Scottish Education Department, 1929
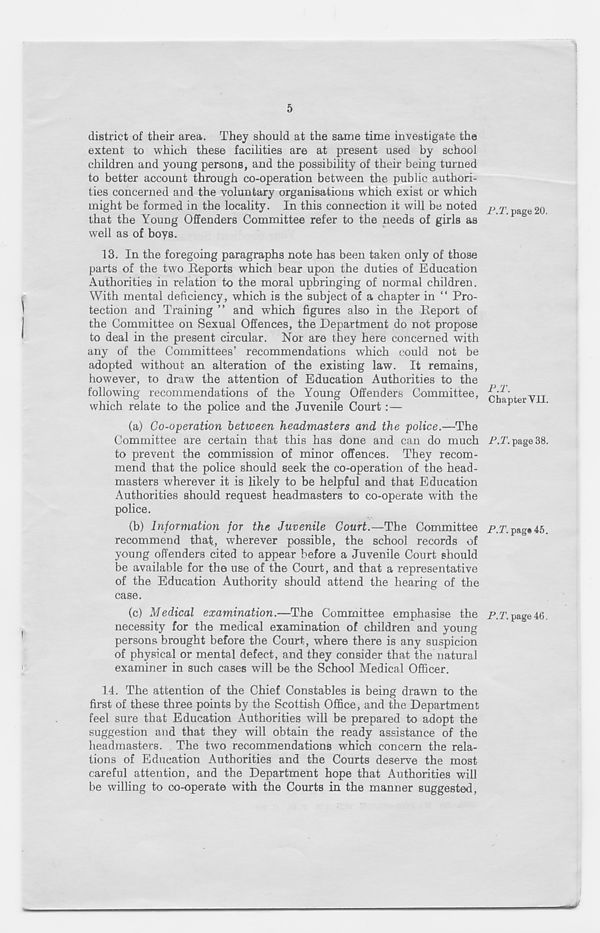
5
district of their area. They should at the same time investigate the
extent to which these facilities are at present used by school
children and young persons, and the possibility of their being turned
to better account through co-operation between the public authori-
ties concerned and the voluntary organisations which exist or which
might be formed in the locality. In this connection it will be noted
that the Young Offenders Committee refer to the needs of girls as
well as of boys.
13. In the foregoing paragraphs note has been taken only of those
parts of the two Reports which bear upon the duties of Education
Authorities in relation to the moral upbringing of normal children.
With mental deficiency, which is the subject of a chapter in “ Pro-
tection and Training ” and which figures also in the Report of
the Committee on Sexual Offences, the Department do not propose
to deal in the present circular. Nor are they here concerned with
any of the Committees’ recommendations which could not be
adopted without an alteration of the existing law. It remains,
however, to draw the attention of Education Authorities to the
following recommendations of the Young Offenders Committee,
which relate to the police and the Juvenile Court :—
(a) Co-operation between headmasters and the police.—The
Committee are certain that this has done and can do much
to prevent the commission of minor offences. They recom-
mend that the police should seek the co-operation of the head-
masters wherever it is likely to be helpful and that Education
Authorities should request headmasters to co-operate with the
police.
(b) Information for the Juvenile Court.—The Committee
recommend that, wherever possible, the school records of
young offenders cited to appear before a Juvenile Court should
be available for the use of the Court, and that a representative
of the Education Authority should attend the hearing of the
case.
(c) Medical examination.—The Committee emphasise the
necessity for the medical examination of children and young
persons brought before the Court, where there is any suspicion
of physical or mental defect, and they consider that the natural
examiner in such cases will be the School Medical Officer.
14. The attention of the Chief Constables is being drawn to the
first of these three points by the Scottish Office, and the Department
feel sure that Education Authorities will be prepared to adopt the
suggestion and that they will obtain the ready assistance of the
headmasters. The two recommendations which concern the rela-
tions of Education Authorities and the Courts deserve the most
careful attention, and the Department hope that Authorities will
be willing to co-operate with the Courts in the manner suggested,
P.T. page 20
P.T.
Chapter YII
P.l\ page 38
P.T. pag« 45
P. T. page 40